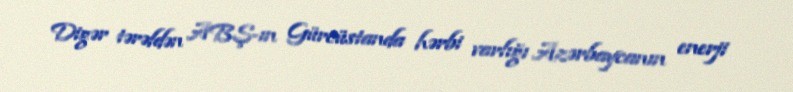
Digər tərəfdən ABŞ-ın Gürcüstanda hərbi varlığı Azərbaycanın enerji